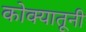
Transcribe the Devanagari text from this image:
कोक्यातूनी